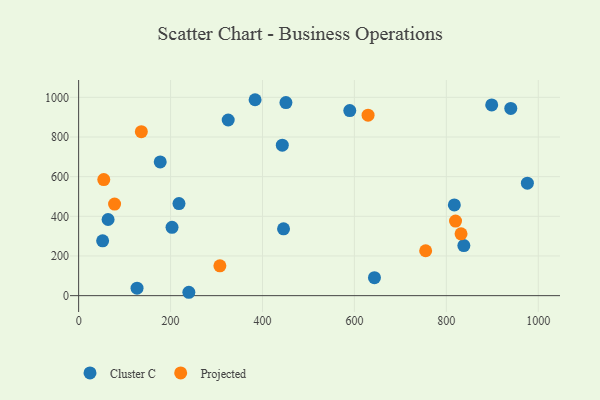
{"axis": {"x": "Distance", "y": "Profit"}, "legend": ["Cluster C", "Projected"], "data": [{"x": "127.1", "y": 37.9, "type": "Cluster C"}, {"x": "451.0", "y": 973.5, "type": "Cluster C"}, {"x": "643.6", "y": 90.4, "type": "Cluster C"}, {"x": "239.8", "y": 17.0, "type": "Cluster C"}, {"x": "177.5", "y": 674.1, "type": "Cluster C"}, {"x": "838.1", "y": 252.4, "type": "Cluster C"}, {"x": "445.8", "y": 336.8, "type": "Cluster C"}, {"x": "817.4", "y": 457.2, "type": "Cluster C"}, {"x": "203.2", "y": 344.3, "type": "Cluster C"}, {"x": "325.4", "y": 885.7, "type": "Cluster C"}, {"x": "589.9", "y": 933.1, "type": "Cluster C"}, {"x": "383.9", "y": 987.9, "type": "Cluster C"}, {"x": "976.3", "y": 567.3, "type": "Cluster C"}, {"x": "52.2", "y": 276.3, "type": "Cluster C"}, {"x": "218.3", "y": 464.3, "type": "Cluster C"}, {"x": "443.1", "y": 758.9, "type": "Cluster C"}, {"x": "940.2", "y": 943.8, "type": "Cluster C"}, {"x": "64.1", "y": 383.9, "type": "Cluster C"}, {"x": "898.7", "y": 961.5, "type": "Cluster C"}, {"x": "54.7", "y": 585.5, "type": "Projected"}, {"x": "307.3", "y": 150.2, "type": "Projected"}, {"x": "136.4", "y": 826.7, "type": "Projected"}, {"x": "820.0", "y": 376.0, "type": "Projected"}, {"x": "755.0", "y": 226.3, "type": "Projected"}, {"x": "629.7", "y": 910.1, "type": "Projected"}, {"x": "78.2", "y": 461.9, "type": "Projected"}, {"x": "832.0", "y": 311.6, "type": "Projected"}]}